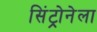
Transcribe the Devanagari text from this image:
सिंट्रोनेला